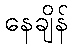
နေချိန်